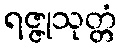
ရဇ္ဇုသုတ္တံ